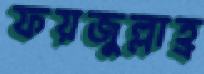
ফয়জুল্লাহ্র